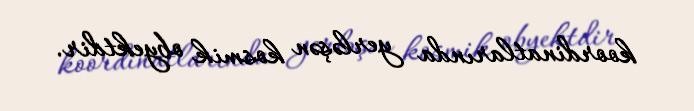
koordinatlarında yerləşən kosmik obyektdir.